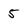
Character: 5